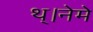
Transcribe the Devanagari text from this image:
थ्।नेमे